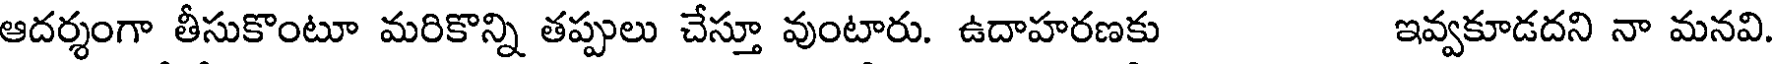
ఆదర్శంగా తీసుకొంటూ మరికొన్ని తప్పులు చేస్తూ వుంటారు. ఉదాహరణకు ఇవ్వకూడదని నా మనవి